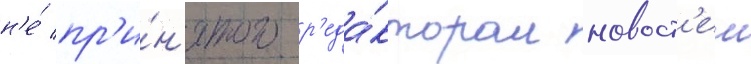
н'е́ пр'и́н'ятого р'еда́ктором новост'еи